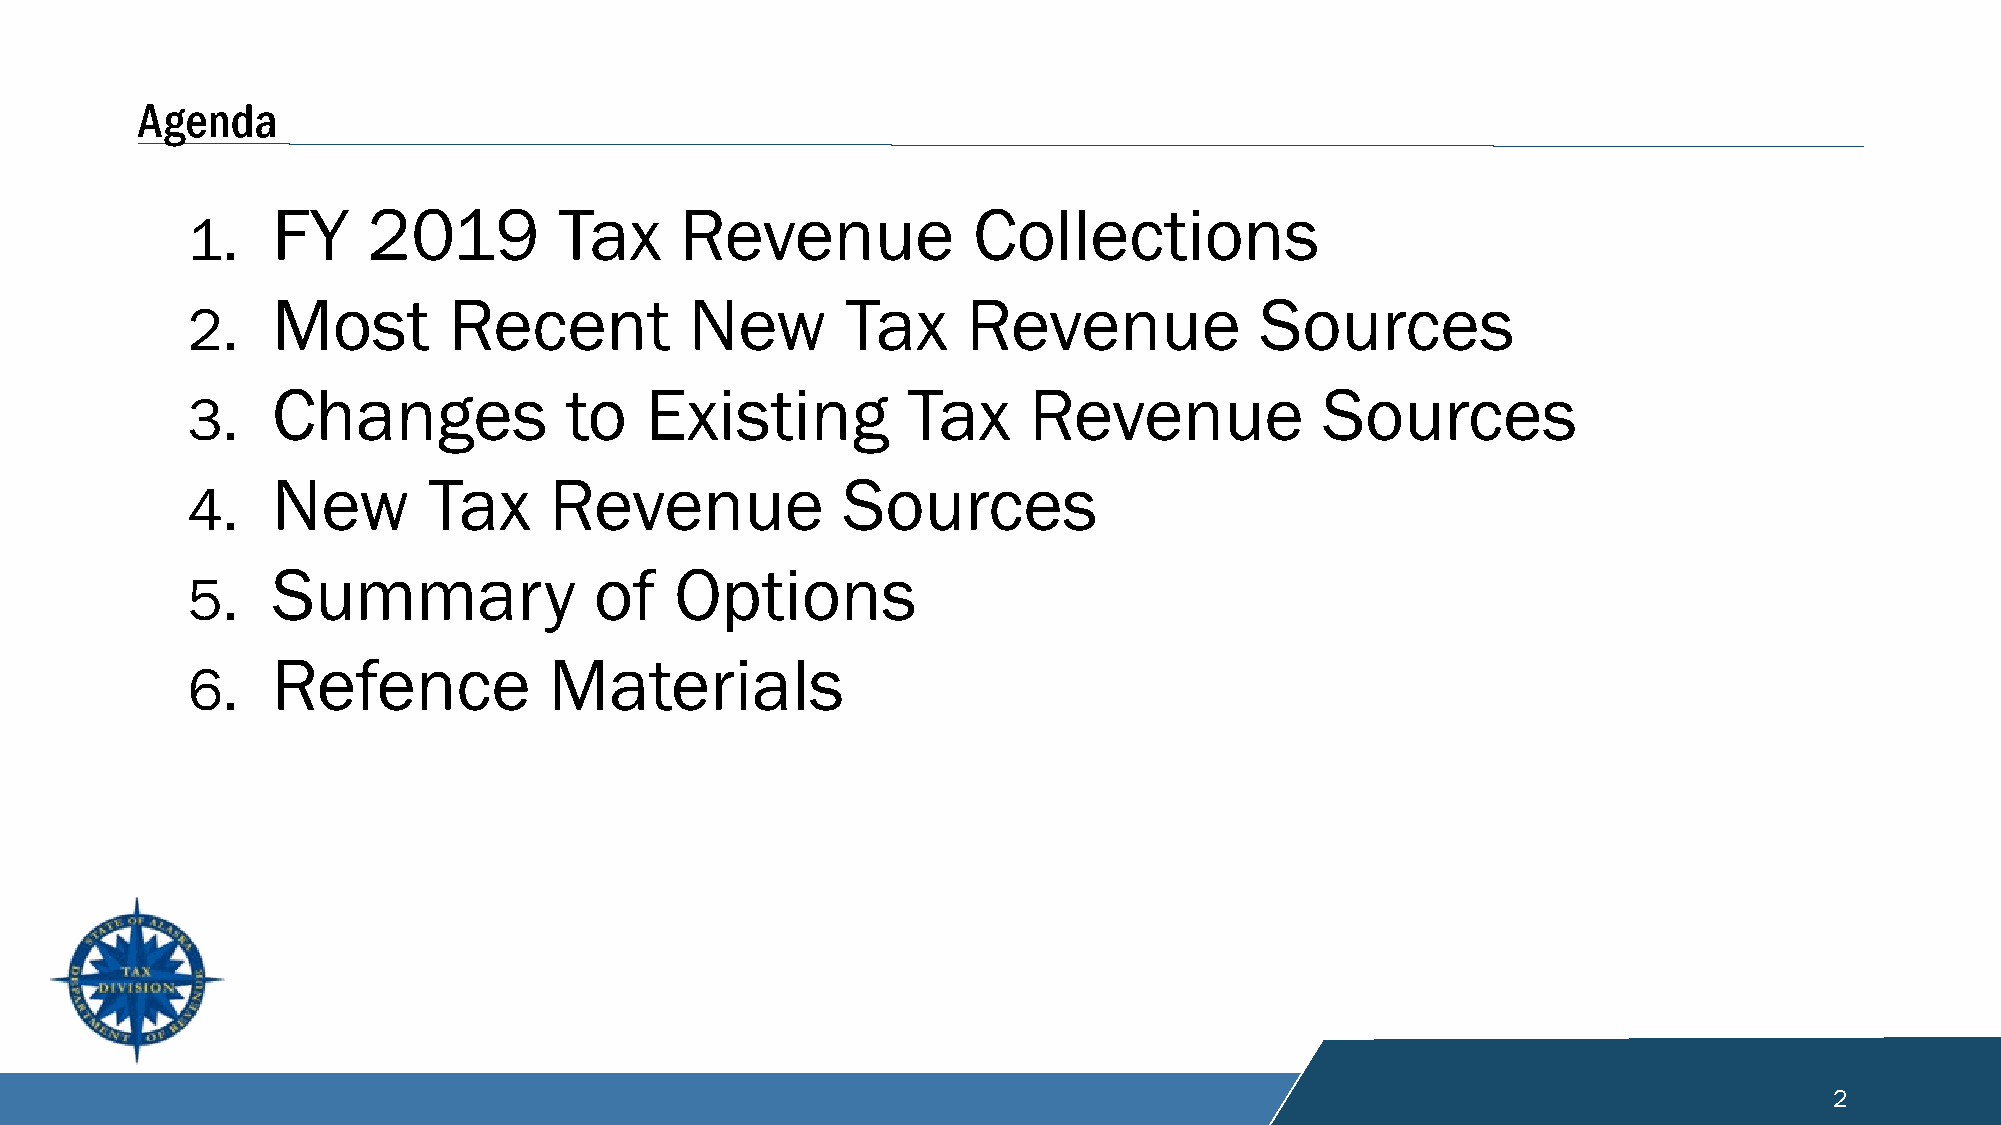
Agenda
 FY    2019         Tax     Revenue            Collections
 1.
 Most        Recent          New       Tax     Revenue            Sources
 2.
 Changes            to    Existing         Tax     Revenue             Sources
 3.
 New       Tax     Revenue             Sources
 4.
 Summary              of    Options
 5.
 Refence           Materials
 6.
 2